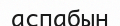
аспабын